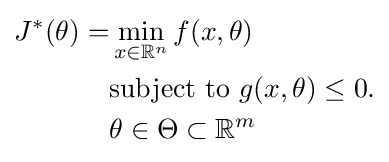
{\begin{aligned}J^{*}(\theta )=&\min _{x\in \mathbb {R} ^{n}}f(x,\theta )\\&{\text{subject to }}g(x,\theta )\leq 0.\\&\theta \in \Theta \subset \mathbb {R} ^{m}\end{aligned}}